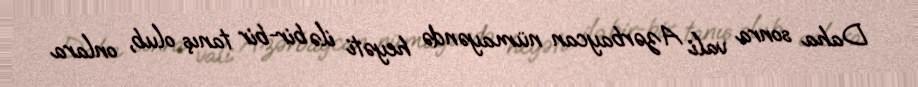
Daha sonra vali Azərbaycan nümayəndə heyəti ilə bir-bir tanış olub, onlara